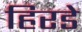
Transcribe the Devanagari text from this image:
हिरडे